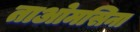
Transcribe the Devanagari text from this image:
ताओमसिना